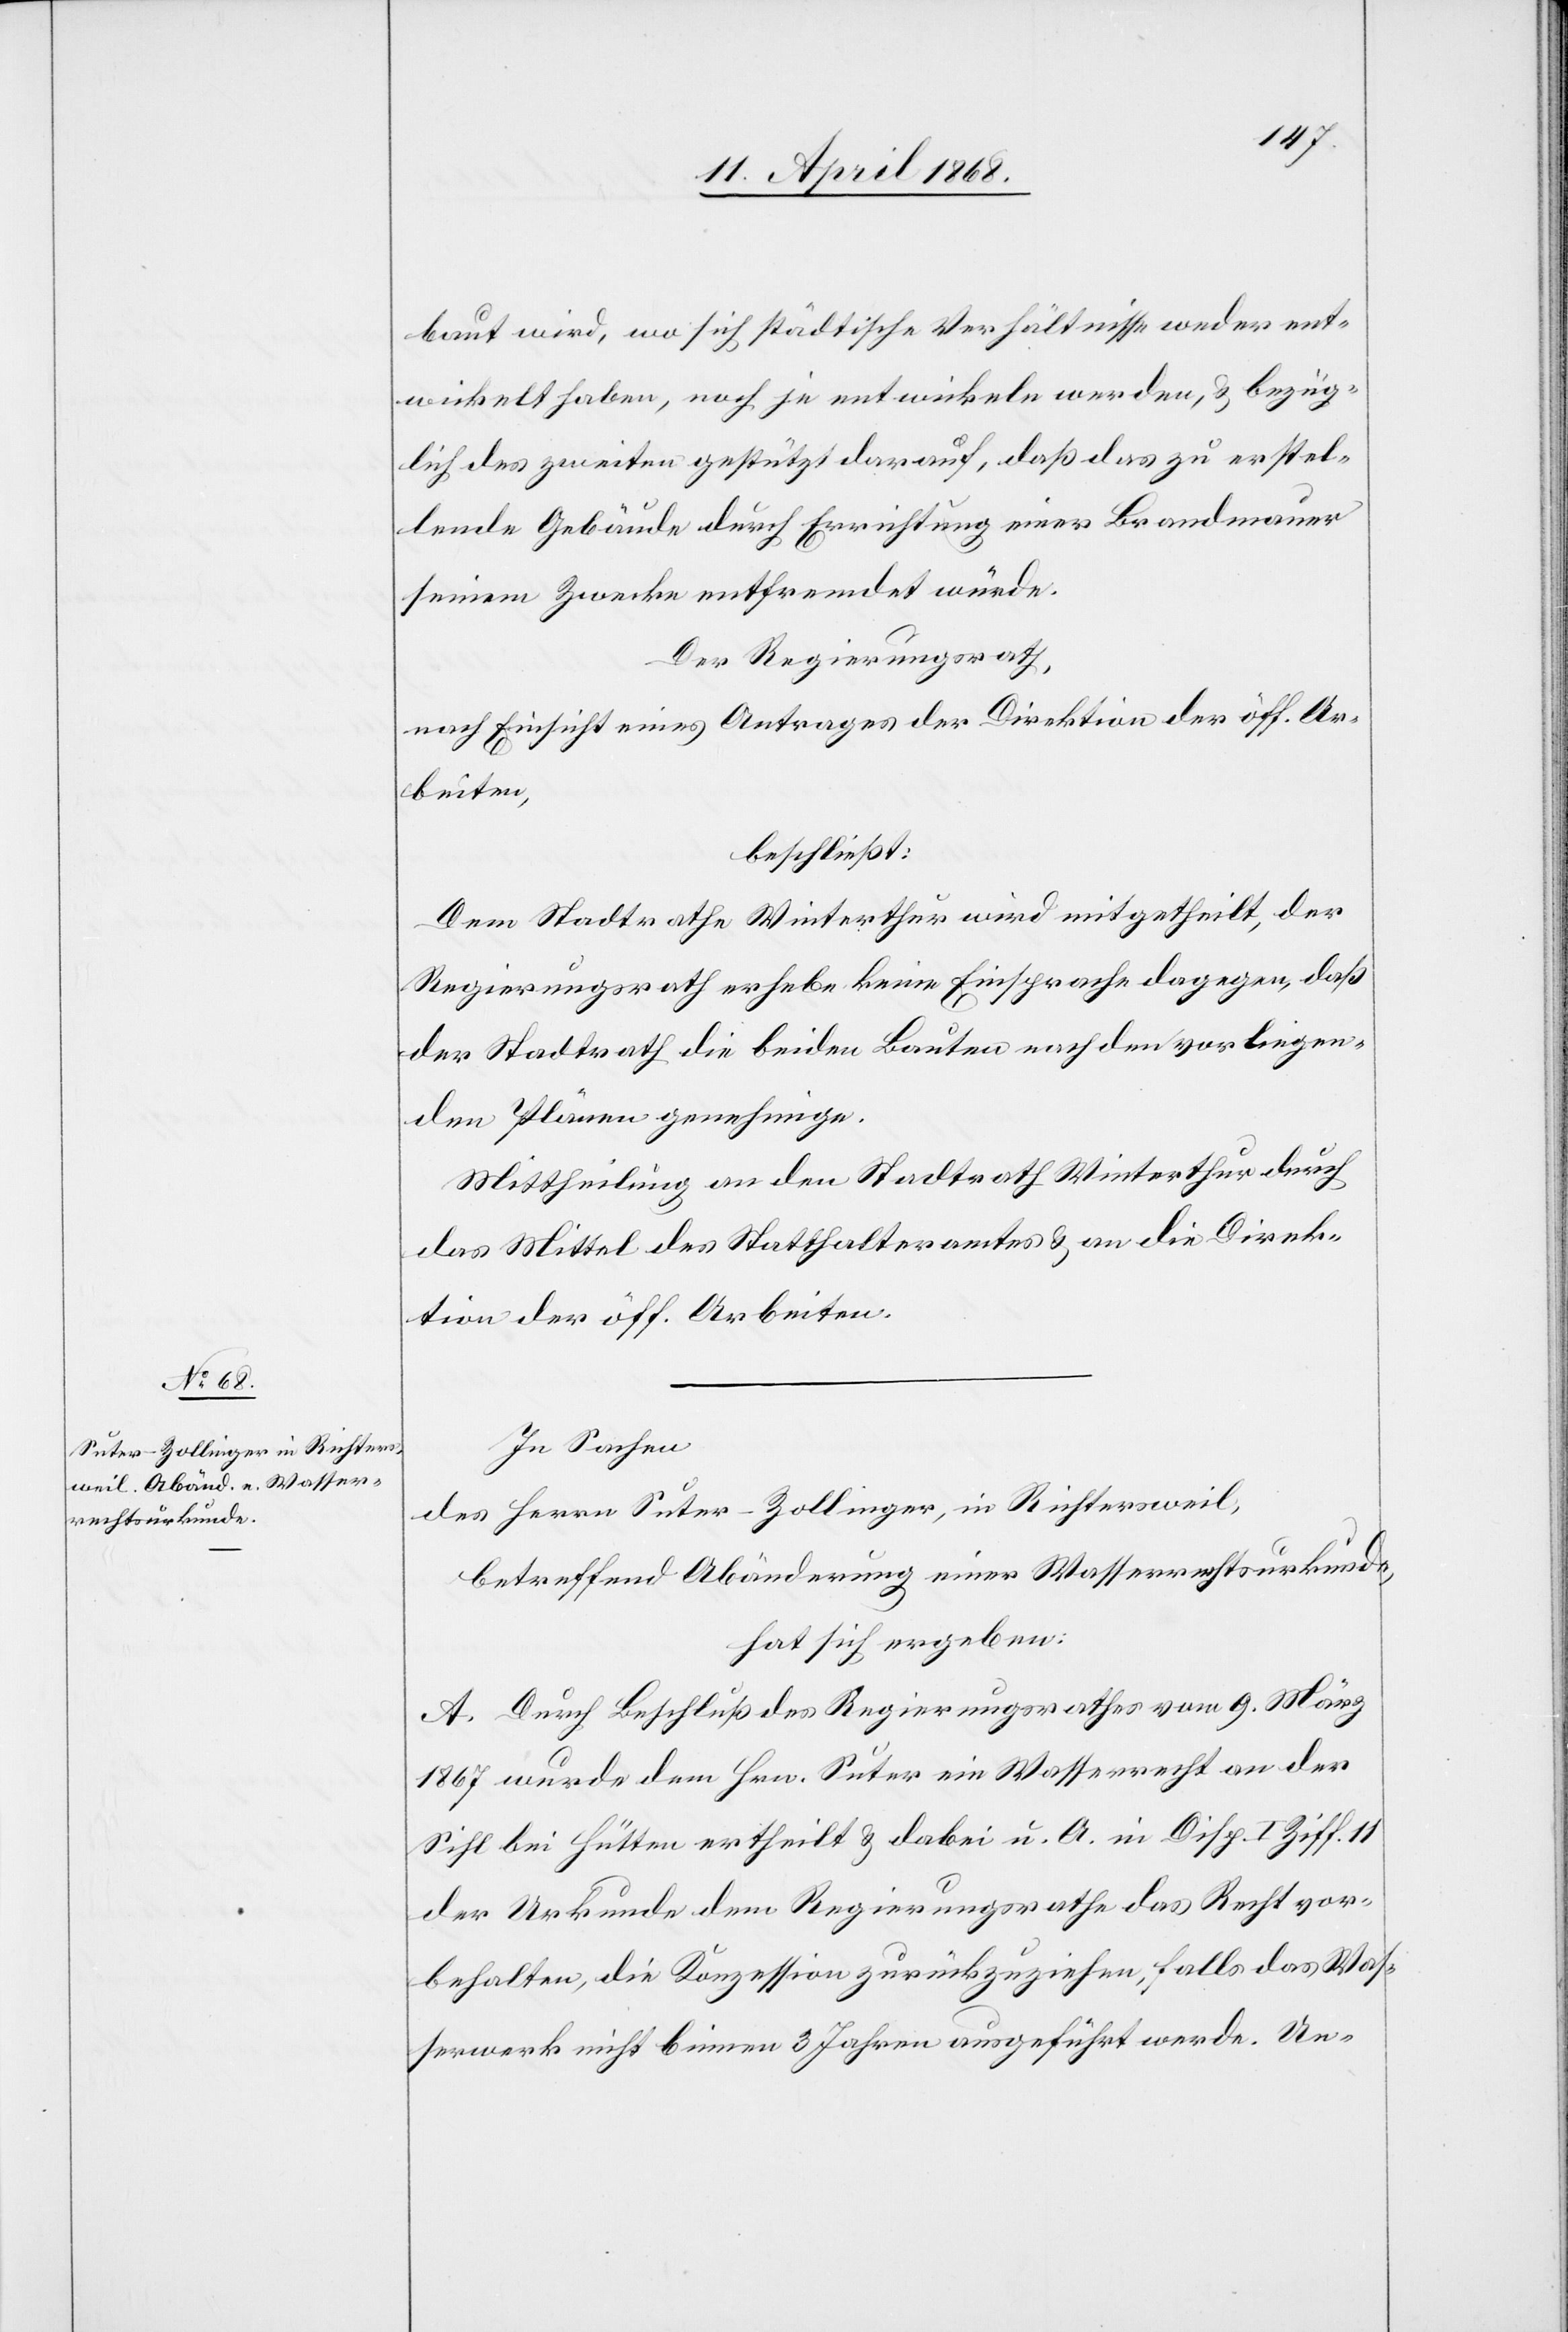
baut wird, wo sich städtische Verhältnisse weder ent¬
wickelt haben, noch je entwickeln werden, & bezüg¬
lich des zweiten gestützt darauf, daß das zu erstel¬
lende Gebäude durch Errichtung einer Brandmauer
seinem Zwecke entfremdet würde.
Der Regierungsrath,
nach Einsicht eines Antrages der Direktion der öff. Ar¬
beiten,
beschließt:
Dem Stadtrathe Winterthur wird mitgetheilt, der
Regierungsrath erhebe keine Einsprache dagegen, daß
der Stadtrath die beiden Bauten nach den vorliegen¬
den Plänen genehmige.
Mittheilung an den Stadtrath Winterthur durch
das Mittel des Statthalteramtes & an die Direk¬
tion der öff. Arbeiten.
In Sachen
des Herrn Suter-Zollinger, in Richtersweil,
betreffend Abänderung einer Wasserrechtsurkunde,
hat sich ergeben:
A. Durch Beschluß des Regierungsrathes vom 9. März
1867 wurde dem Hrn. Suter ein Wasserrecht an der
Sihl bei Hütten ertheilt & dabei u. A. in Disp. I Ziff. 11
der Urkunde dem Regierungsrathe das Recht vor¬
behalten, die Konzession zurückzuziehen, falls das Was¬
serwerk nicht binnen 3 Jahren ausgeführt werde. Un-